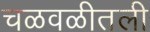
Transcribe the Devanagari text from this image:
चळवळीतली